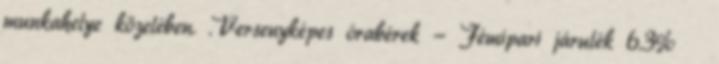
munkahelye közelében. .Versenyképes órabérek - Fémipari járulék 6.3%